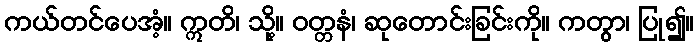
ကယ်တင်ပေအံ့။ ဣတိ၊ သို့။ ဝတ္တနံ၊ ဆုတောင်းခြင်းကို။ ကတွာ၊ ပြု၍။